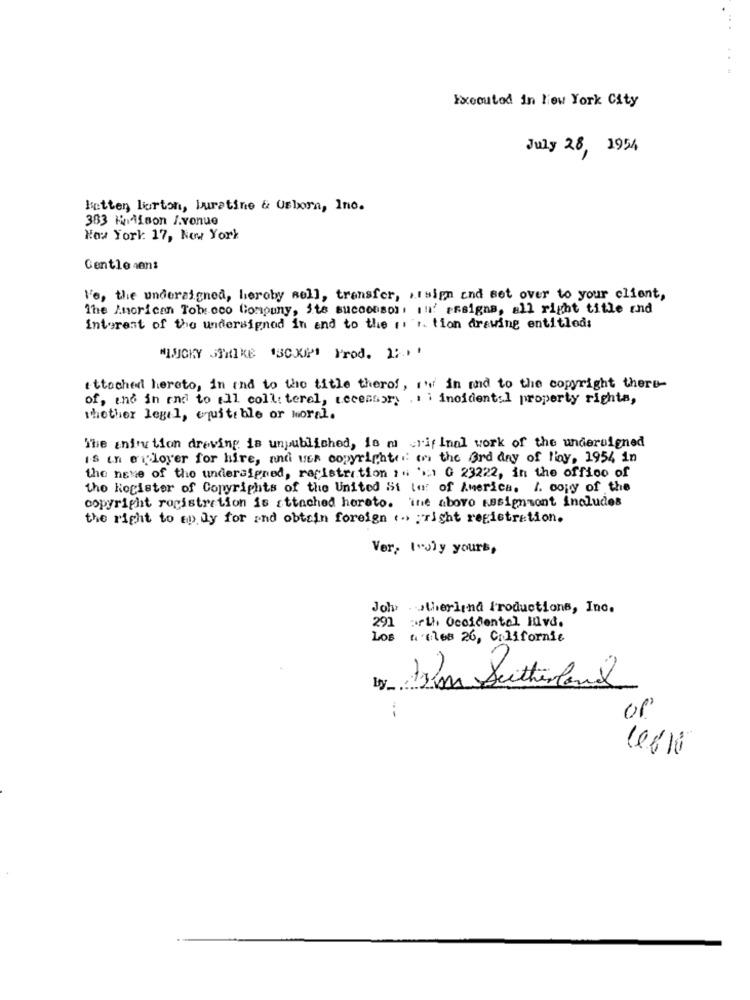
Executed in l'ew York City
July 28, 1954
Hatten lorton, buratine & Usbora, Inc.
383 Hedison I.vonue
New York: 17, New York
Gentle sen:
Ve, the undersigned, heroby soll, transfer, assign and set over to your client,
The American Tobacco Company, Ste successors !' essigns, all right title and
interest of the undersigned in and to the r 'r. tion drawing entitled:
MINCKY STRIKE 'SCUP Prod. 2:
attached hereto, in und to the title therof, i' in and to the copyright there-
of, and in and to all coll: teral, necessary ., ; incidental property rights,
whether legel, equitable or moral.
The infection dreving is unpublished, is m wifinal work of the undersigned
is in enloyer for hire, and win copyrighte. on the 3rd day of Hoy, 1954 in
the neve of the undersigned, registration :" '.1 G 23222, in the offico of
the Register of Copyrights of the United St to of America. A. copy of the
copyright registration is attached hereto. ine abovo Assignment includes
the right to en ly for and obtain foreign ... . right registration.
Ver, I'dly yours,
Johr otherlind Productions, Inc.
291
arth Occidental Hvd.
Los n'eles 26, Californie
by
Klan Seitherland